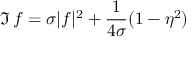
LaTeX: \Im \, f = \sigma | f | ^ { 2 } + { \frac { 1 } { 4 \sigma } } ( 1 - \eta ^ { 2 } )